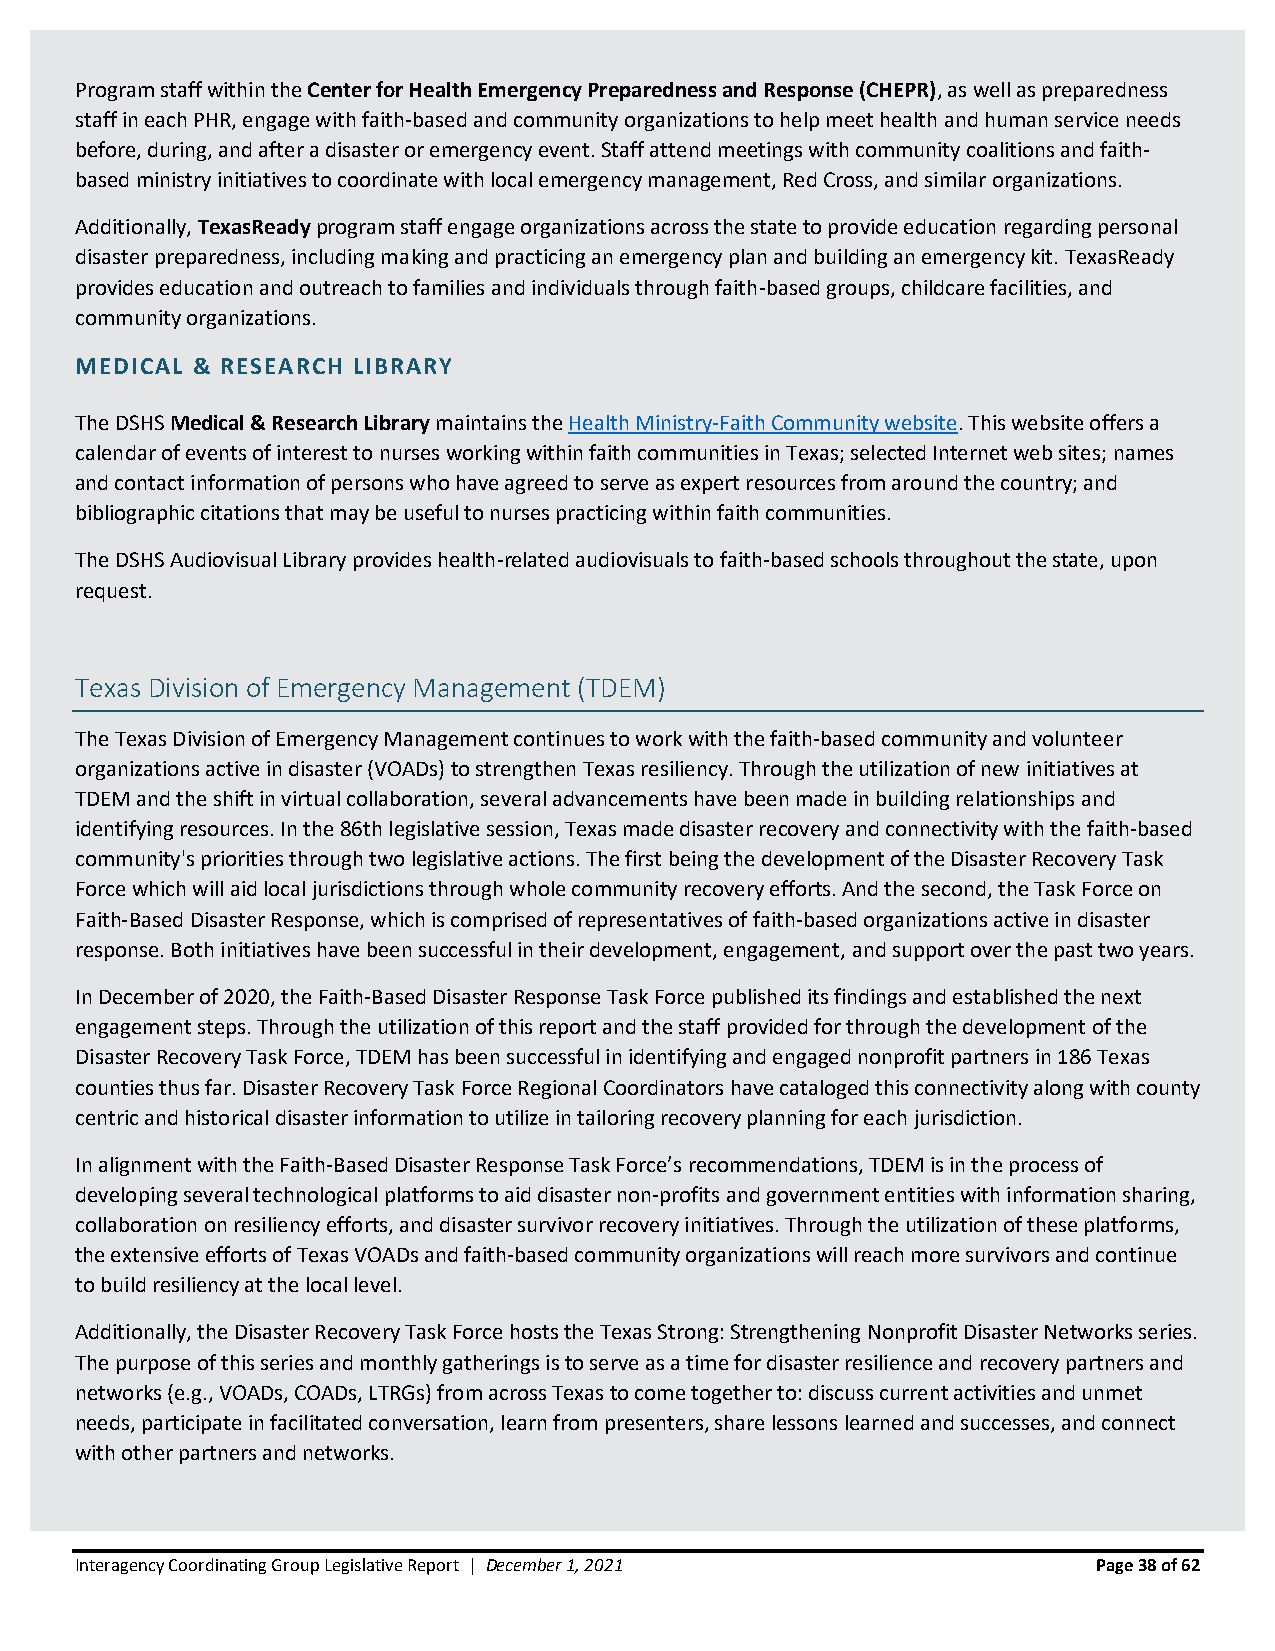
Program staff within the Center for Health Emergency Preparedness and Response (CHEPR), as well as preparedness
 staff in each PHR, engage with faith-based and community organizations to help meet health and human service needs
 before, during, and after a disaster or emergency event. Staff attend meetings with community coalitions and faith-
 based ministry initiatives to coordinate with local emergency management, Red Cross, and similar organizations.
 Additionally, TexasReady program staff engage organizations across the state to provide education regarding personal
 disaster preparedness, including making and practicing an emergency plan and building an emergency kit. TexasReady
 provides education and outreach to families and individuals through faith-based groups, childcare facilities, and
 community organizations.
 MEDICAL & RESEARCH LIBRARY
 The DSHS Medical & Research Library maintains the Health Ministry-Faith Community website. This website offers a
 calendar of events of interest to nurses working within faith communities in Texas; selected Internet web sites; names
 and contact information of persons who have agreed to serve as expert resources from around the country; and
 bibliographic citations that may be useful to nurses practicing within faith communities.
 The DSHS Audiovisual Library provides health-related audiovisuals to faith-based schools throughout the state, upon
 request.
 Texas Division of Emergency Management (TDEM)
 The Texas Division of Emergency Management continues to work with the faith-based community and volunteer
 organizations active in disaster (VOADs) to strengthen Texas resiliency. Through the utilization of new initiatives at
 TDEM and the shift in virtual collaboration, several advancements have been made in building relationships and
 identifying resources. In the 86th legislative session, Texas made disaster recovery and connectivity with the faith-based
 community's priorities through two legislative actions. The first being the development of the Disaster Recovery Task
 Force which will aid local jurisdictions through whole community recovery efforts. And the second, the Task Force on
 Faith-Based Disaster Response, which is comprised of representatives of faith-based organizations active in disaster
 response. Both initiatives have been successful in their development, engagement, and support over the past two years.
 In December of 2020, the Faith-Based Disaster Response Task Force published its findings and established the next
 engagement steps. Through the utilization of this report and the staff provided for through the development of the
 Disaster Recovery Task Force, TDEM has been successful in identifying and engaged nonprofit partners in 186 Texas
 counties thus far. Disaster Recovery Task Force Regional Coordinators have cataloged this connectivity along with county
 centric and historical disaster information to utilize in tailoring recovery planning for each jurisdiction.
 In alignment with the Faith-Based Disaster Response Task Force’s recommendations, TDEM is in the process of
 developing several technological platforms to aid disaster non-profits and government entities with information sharing,
 collaboration on resiliency efforts, and disaster survivor recovery initiatives. Through the utilization of these platforms,
 the extensive efforts of Texas VOADs and faith-based community organizations will reach more survivors and continue
 to build resiliency at the local level.
 Additionally, the Disaster Recovery Task Force hosts the Texas Strong: Strengthening Nonprofit Disaster Networks series.
 The purpose of this series and monthly gatherings is to serve as a time for disaster resilience and recovery partners and
 networks (e.g., VOADs, COADs, LTRGs) from across Texas to come together to: discuss current activities and unmet
 needs, participate in facilitated conversation, learn from presenters, share lessons learned and successes, and connect
 with other partners and networks.
 Interagency Coordinating Group Legislative Report | December 1, 2021 Page 38 of 62